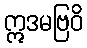
ဣဒမဗြဝိ